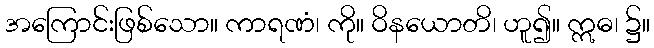
အကြောင်းဖြစ်သော။ ကာရဏံ၊ ကို။ ဝိနယောတိ၊ ဟူ၍။ ဣဓ၊ ၌။